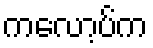
ကလော့ပ်က